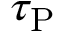
\tau _ { \mathrm { P } }